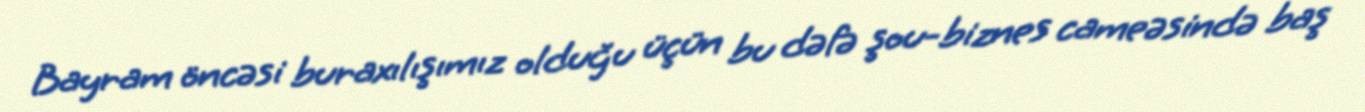
Bayram öncəsi buraxılışımız olduğu üçün bu dəfə şou-biznes cameəsində baş